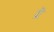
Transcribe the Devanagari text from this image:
य़ॆ